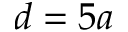
d = 5 a